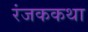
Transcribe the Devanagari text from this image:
रंजककथा